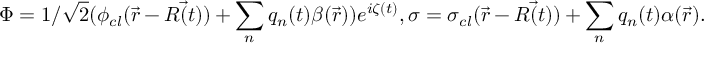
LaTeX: \Phi = 1 / { \sqrt { 2 } } ( \phi _ { c l } ( { \vec { r } } - { \vec { R ( t ) } } ) + \sum _ { n } q _ { n } ( t ) \beta ( { \vec { r } } ) ) e ^ { i \zeta ( t ) } , \sigma = \sigma _ { c l } ( { \vec { r } } - { \vec { R ( t ) } } ) + \sum _ { n } q _ { n } ( t ) \alpha ( { \vec { r } } ) .